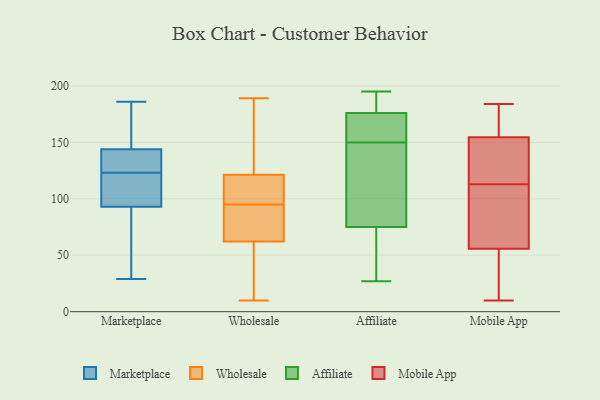
{"axis": {"x": "Headcount", "y": "Value"}, "legend": ["Affiliate", "Marketplace", "Mobile App", "Wholesale"], "data": [{"x": "", "y": 129, "type": "Marketplace"}, {"x": "", "y": 132, "type": "Marketplace"}, {"x": "", "y": 144, "type": "Marketplace"}, {"x": "", "y": 29, "type": "Marketplace"}, {"x": "", "y": 186, "type": "Marketplace"}, {"x": "", "y": 162, "type": "Marketplace"}, {"x": "", "y": 51, "type": "Marketplace"}, {"x": "", "y": 93, "type": "Marketplace"}, {"x": "", "y": 95, "type": "Marketplace"}, {"x": "", "y": 117, "type": "Marketplace"}, {"x": "", "y": 96, "type": "Wholesale"}, {"x": "", "y": 119, "type": "Wholesale"}, {"x": "", "y": 69, "type": "Wholesale"}, {"x": "", "y": 149, "type": "Wholesale"}, {"x": "", "y": 83, "type": "Wholesale"}, {"x": "", "y": 112, "type": "Wholesale"}, {"x": "", "y": 30, "type": "Wholesale"}, {"x": "", "y": 161, "type": "Wholesale"}, {"x": "", "y": 122, "type": "Wholesale"}, {"x": "", "y": 30, "type": "Wholesale"}, {"x": "", "y": 10, "type": "Wholesale"}, {"x": "", "y": 110, "type": "Wholesale"}, {"x": "", "y": 174, "type": "Wholesale"}, {"x": "", "y": 189, "type": "Wholesale"}, {"x": "", "y": 95, "type": "Wholesale"}, {"x": "", "y": 60, "type": "Wholesale"}, {"x": "", "y": 73, "type": "Wholesale"}, {"x": "", "y": 36, "type": "Wholesale"}, {"x": "", "y": 89, "type": "Wholesale"}, {"x": "", "y": 179, "type": "Affiliate"}, {"x": "", "y": 42, "type": "Affiliate"}, {"x": "", "y": 150, "type": "Affiliate"}, {"x": "", "y": 27, "type": "Affiliate"}, {"x": "", "y": 192, "type": "Affiliate"}, {"x": "", "y": 161, "type": "Affiliate"}, {"x": "", "y": 163, "type": "Affiliate"}, {"x": "", "y": 35, "type": "Affiliate"}, {"x": "", "y": 167, "type": "Affiliate"}, {"x": "", "y": 195, "type": "Affiliate"}, {"x": "", "y": 62, "type": "Affiliate"}, {"x": "", "y": 114, "type": "Affiliate"}, {"x": "", "y": 189, "type": "Affiliate"}, {"x": "", "y": 116, "type": "Affiliate"}, {"x": "", "y": 135, "type": "Affiliate"}, {"x": "", "y": 138, "type": "Mobile App"}, {"x": "", "y": 47, "type": "Mobile App"}, {"x": "", "y": 126, "type": "Mobile App"}, {"x": "", "y": 10, "type": "Mobile App"}, {"x": "", "y": 113, "type": "Mobile App"}, {"x": "", "y": 55, "type": "Mobile App"}, {"x": "", "y": 62, "type": "Mobile App"}, {"x": "", "y": 184, "type": "Mobile App"}, {"x": "", "y": 58, "type": "Mobile App"}, {"x": "", "y": 160, "type": "Mobile App"}, {"x": "", "y": 160, "type": "Mobile App"}]}